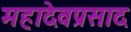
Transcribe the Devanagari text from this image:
महादेवप्रसाद